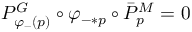
P _ { \varphi _ { - } ( p ) } ^ { G } \circ \varphi _ { - * p } \circ \bar { P } _ { p } ^ { M } = 0